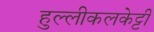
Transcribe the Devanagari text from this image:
हुल्लीकलकेट्टी